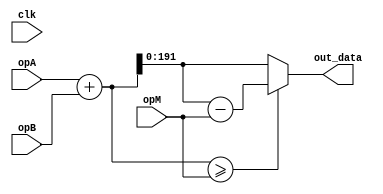
/*
 * @brief return (opA + opB) mod opM
 *
 * @tparam N bit width of opA, opB and opM
 *
 * @param opA Product input, should be less than opM
 * @param opB Product input, should be less than opM
 * @param opM Modulus
 */
 
/* 	2023/2/28
    GP(opM) => opA < opM && opB < opM
*/
module addMod # (
    parameter DATA_WIDTH = 192
) (
    input  wire                     clk,

    input  wire [DATA_WIDTH-1:0]    opA,
    input  wire [DATA_WIDTH-1:0]    opB,
    input  wire [DATA_WIDTH-1:0]    opM,
    
    output wire [DATA_WIDTH-1:0]    out_data
);

wire [DATA_WIDTH-1+1:0] out_data_reg;
assign out_data_reg = opA + opB;
assign out_data     = (out_data_reg >= opM) ? out_data_reg - opM : out_data_reg;

endmodule